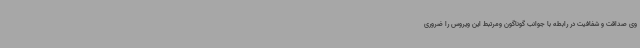
وی صداقت و شفافیت در رابطه با جوانب گوناگون ومرتبط این ویروس را ضروری